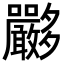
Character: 𡗏